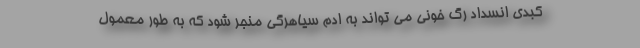
کبدی انسداد رگ خونی می تواند به اِدِم سیاهرگی منجر شود که به طور معمول